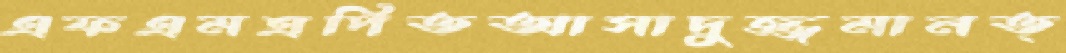
এফএমত্রপিতআসাদুজ্জমানত্